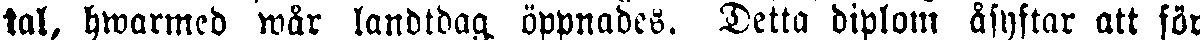
tal, hwarmed wår landtdag öppnades. Detta diplom åsyftar att för